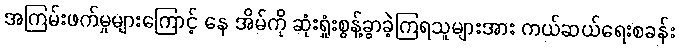
အကြမ်းဖက်မှုများကြောင့် နေ အိမ်ကို ဆုံးရှုံးစွန့်ခွာခဲ့ကြရသူများအား ကယ်ဆယ်ရေးစခန်း